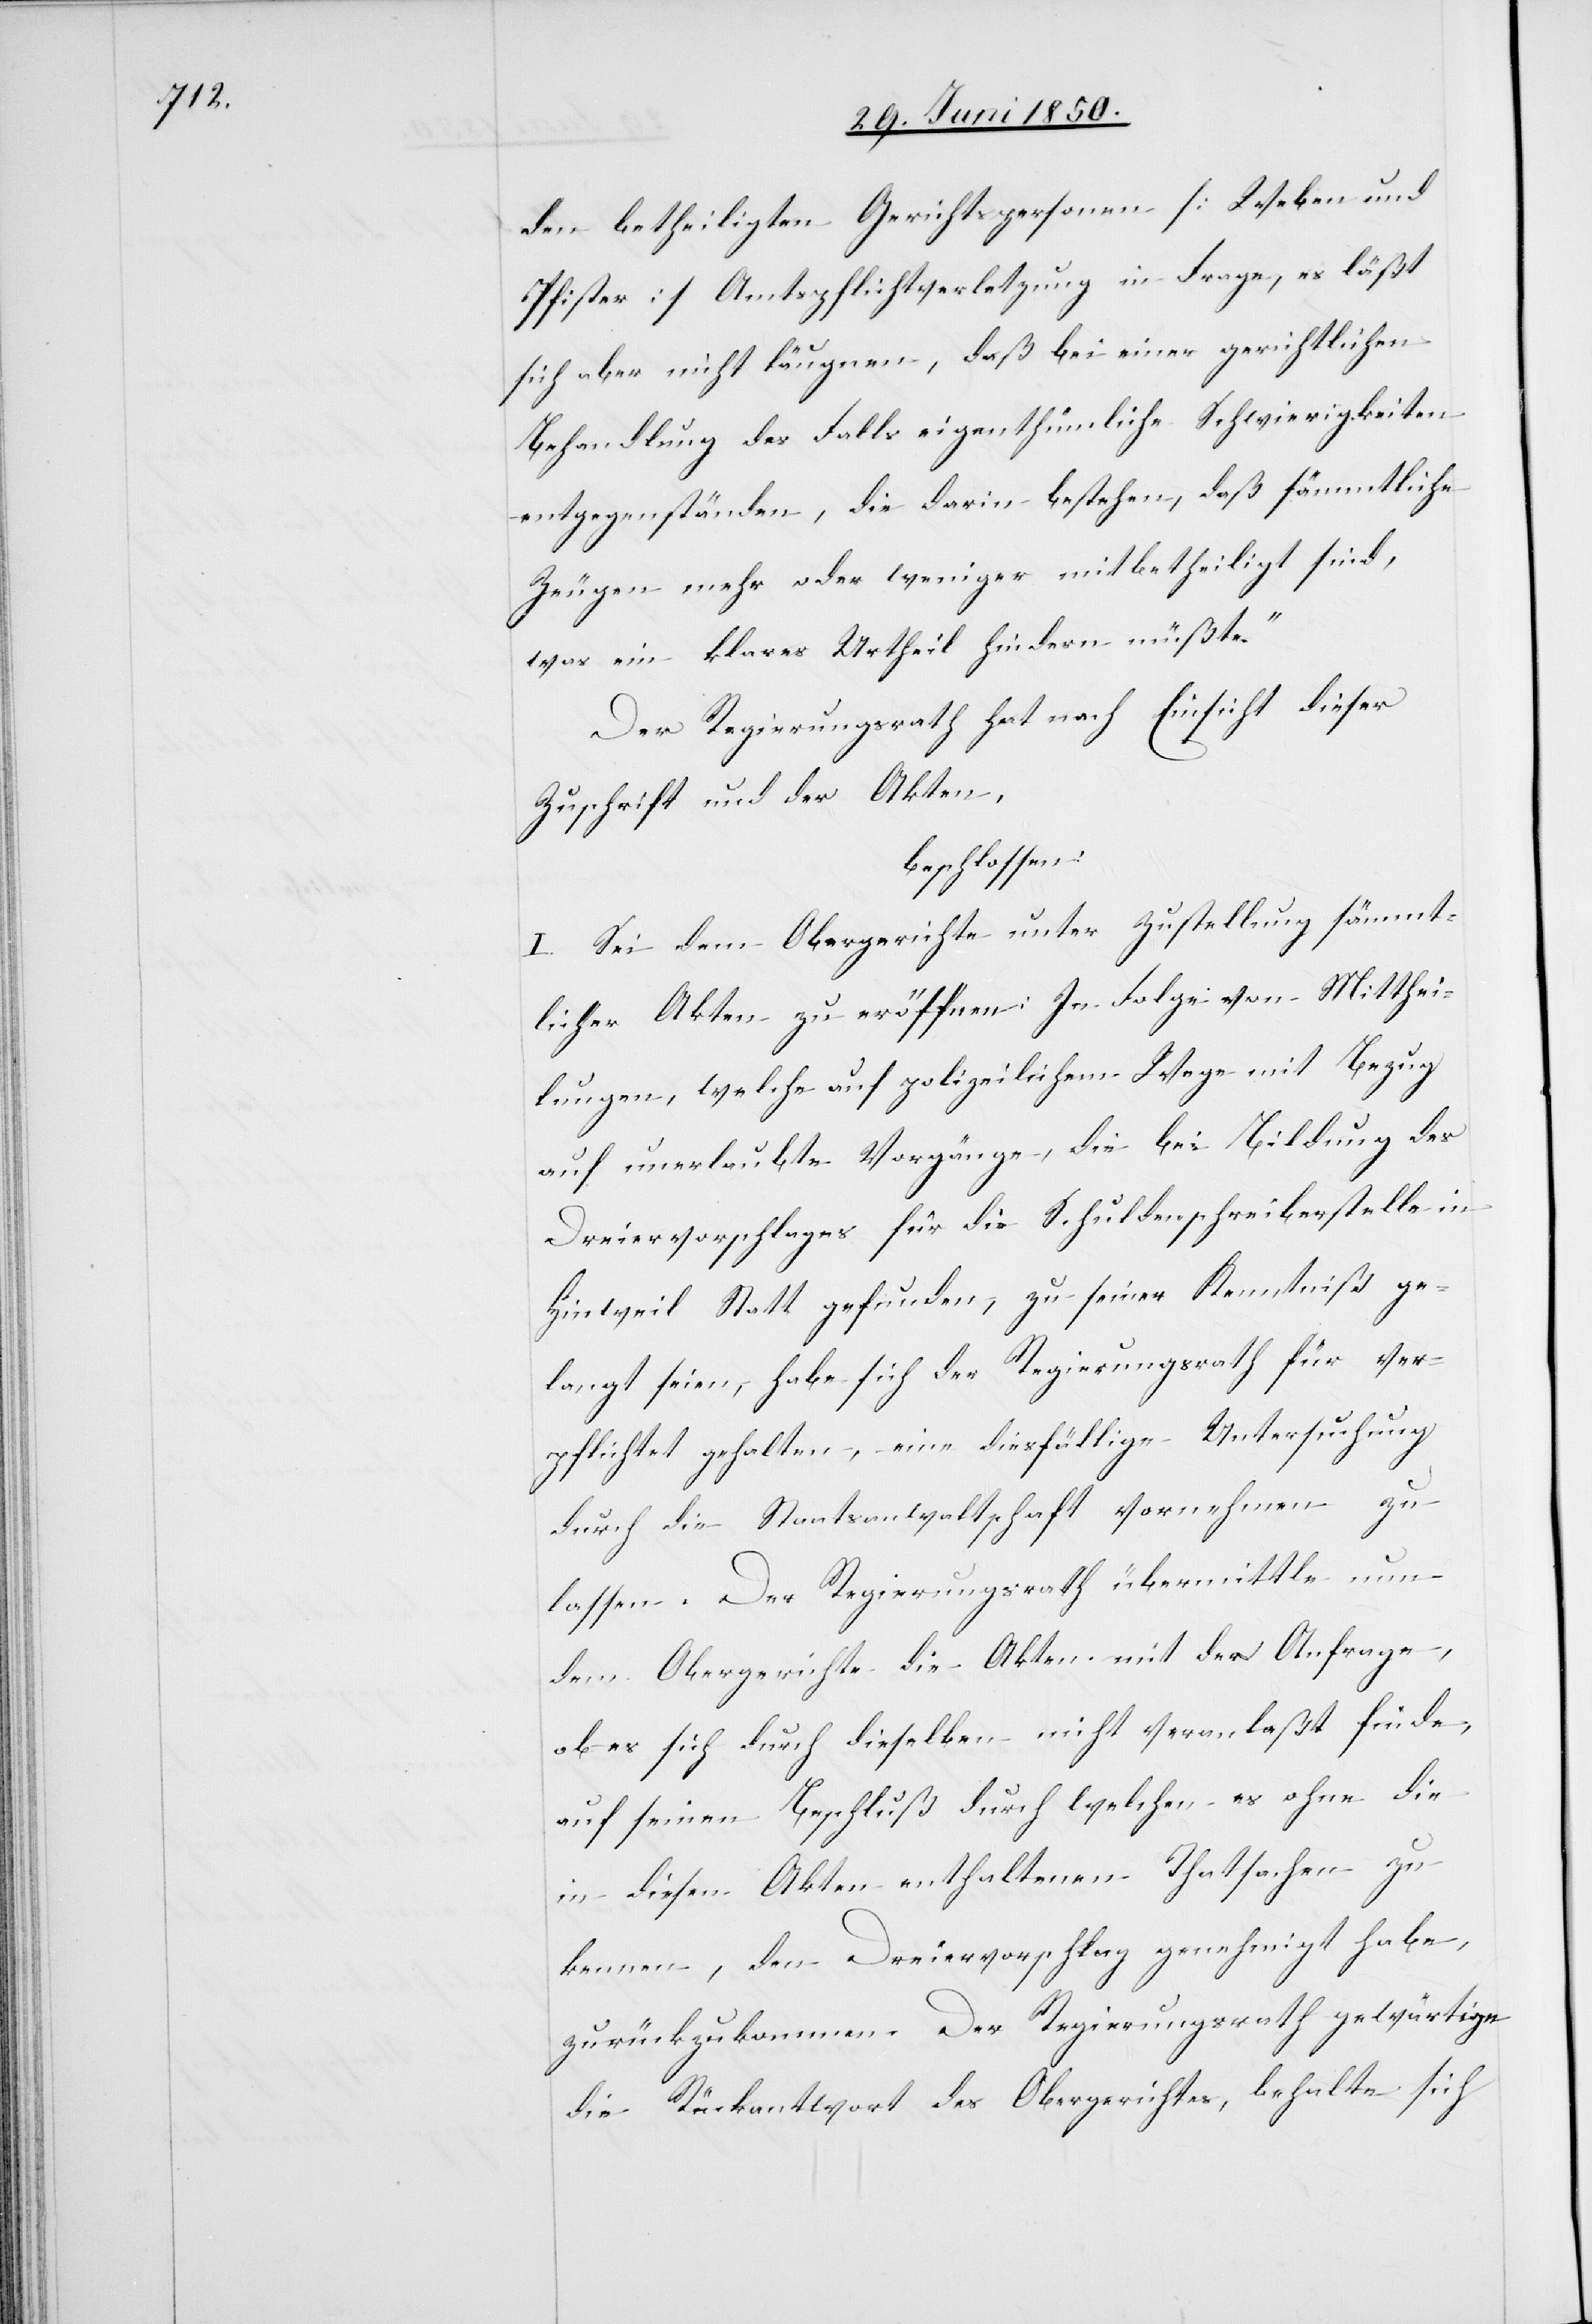
den betheiligten Gerichtspersonen [Weben
Pfister] Amtspflichtverletzung in Frage, es läßt
sich aber nicht läugnen, daß bei einer gerichtlichen
Behandlung des Falls eigenthümliche Schwierigkeiten
entgegenständen, die darin bestehen, daß sämmtliche
Zeugen mehr oder weniger mitbetheiligt sind,
was ein klares Urtheil hindern müßte.“
Der Regierungsrath hat nach Einsicht dieser
Zuschrift und der Akten,
beschlossen:
I. Sei dem Obergerichte unter Zustellung sämmt¬
licher Akten zu eröffnen: In Folge von Mitthei¬
lungen, welche auf polizeilichem Wege mit Bezug
auf unerlaubte Vorgänge, die bei Bildung des
Dreiervorschlages für die Schuldenschreiberstelle in
Hinweil Statt gefunden, zu seiner Kenntniß ge¬
langt seien, habe sich der Regierungsrath für ver¬
pflichtet gehalten, eine diesfällige Untersuchung
durch die Staatsanwaltschaft vornehmen zu
lassen. Der Regierungsrath übermittle nun
dem Obergerichte die Akten mit der Anfrage,
ob es sich durch dieselben nicht veranlaßt finde,
auf seinen Beschluß durch welchen es ohne die
in diesen Akten enthaltenen Thatsachen zu
kennen, den Dreiervorschlag genehmigt habe,
zurückzukommen. Der Regierungsrath gewärtige
die Rückantwort des Obergerichtes, behalte sich